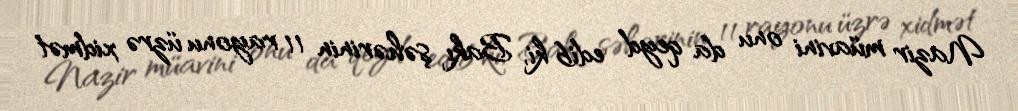
Nazir müavini onu da qeyd edib ki, Bakı şəhərinin 11 rayonu üzrə xidmət